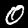
Digit: 0